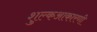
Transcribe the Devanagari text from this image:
शुल्कआकारणी